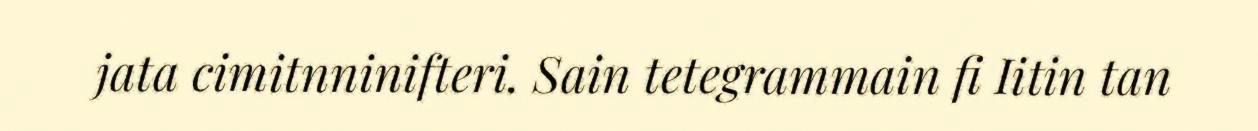
jata cimitnninifteri. Sain tetegrammain fi Iitin tan